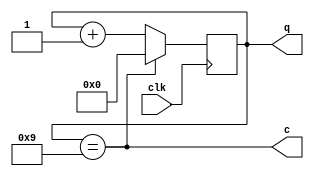
module counterN #(parameter num=10)(
    input clk,
    output [3:0] q,
    output c
);
    reg [3:0] q;
    always @(negedge clk) begin
        if(c) q<=0;
        else q<=q+1;
    end
    assign c=q==num-1;
endmodule